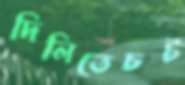
দিলিতেচট